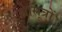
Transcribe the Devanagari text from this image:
थे।सूत्रों